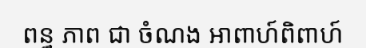
ពន្ធ ភាព ជា ចំណង អាពាហ៍ពិពាហ៍